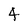
Character: 4